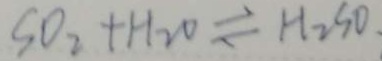
S O _ { 2 } + H _ { 2 } O \rightleftharpoons H _ { 2 } S O .